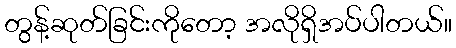
တွန့်ဆုတ်ခြင်းကိုတော့ အလိုရှိအပ်ပါတယ်။